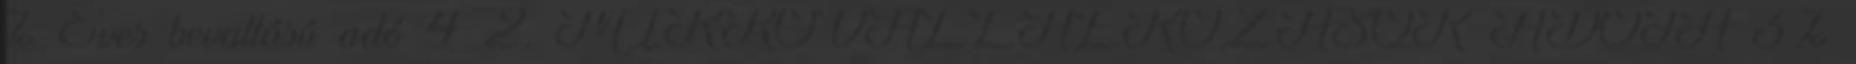
% Éves bevallású adó 4 2. MIKROVÁLLALKOZÁSOK ADÓJA 3%